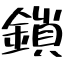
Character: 鎖